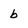
Character: b